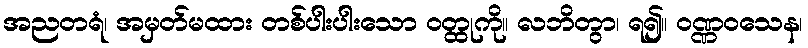
အညတရံ၊ အမှတ်မထား တစ်ပါးပါးသော ဝတ္ထုကို။ လဘိတွာ၊ ရ၍။ ဝဏ္ဏဝသေန၊